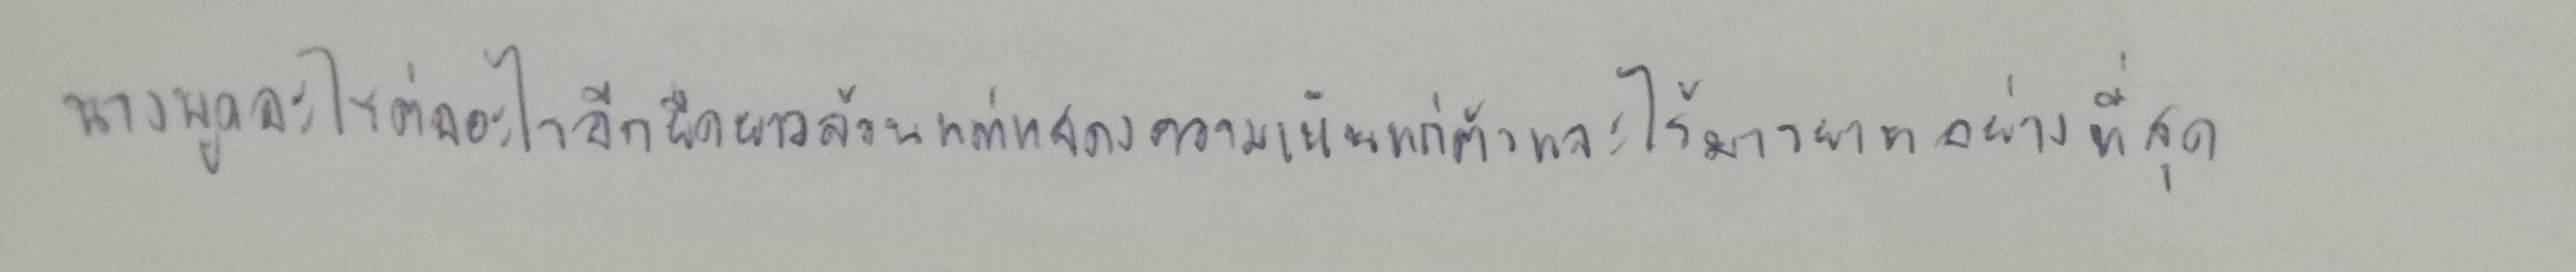
นางพูดอะไรต่ออะไรอีกยืดยาวล้วนแต่แสดงความเห็นแก่ตัวและไร้มารยาทอย่างที่สุด